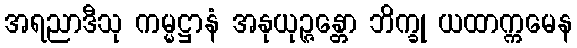
အရညာဒီသု ကမ္မဋ္ဌာနံ အနုယုဉ္ဇန္တော ဘိက္ခု ယထာက္ကမေန